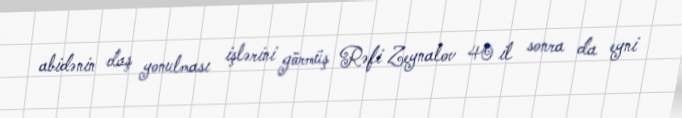
abidənin daş yonulması işlərini görmüş Rəfi Zeynalov 40 il sonra da eyni